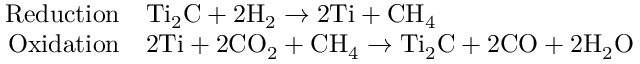
\begin{array} { r l } { \centering \mathrm { R e d u c t i o n } } & { \mathrm { T i _ { 2 } C } + \mathrm { 2 H _ { 2 } } \rightarrow \mathrm { 2 T i } + \mathrm { C H _ { 4 } } } \\ { \mathrm { O x i d a t i o n } } & { \mathrm { 2 T i } + \mathrm { 2 C O _ { 2 } } + \mathrm { C H _ { 4 } } \rightarrow \mathrm { T i _ { 2 } C } + \mathrm { 2 C O } + \mathrm { 2 H _ { 2 } O } } \end{array}